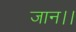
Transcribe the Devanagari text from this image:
जान।।